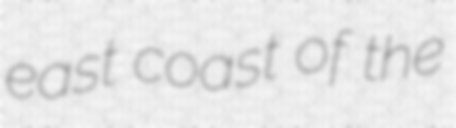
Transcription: east coast of the